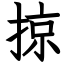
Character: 掠